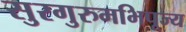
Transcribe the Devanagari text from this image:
सुरगुरुमभिपूज्य